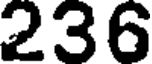
236